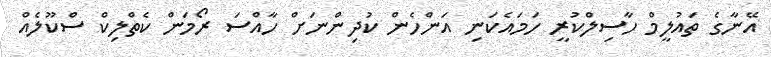
އޭނާގެ ތައުލީމް ހާސިލްކުރީ ހަމައެކަނި އަންހެން ކުދިންނަށް ހާއްސަ ރޯމަން ކެތްލިކް ސްކޫލެއް